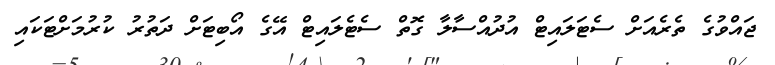
ޖައްވުގެ ތެރެއަށް ސެޓަލައިޓް އުދުއްސާލާ ގޮތް ސެޓެލައިޓް އޭގެ އޯބިޓަށް ދަތުރު ކުރުމަށްޓަކައި